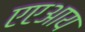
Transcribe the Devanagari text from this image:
एएआय